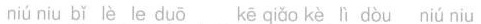
niú niu bǐ lě le duō kē qiǎo kè lì dòu niú niu